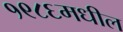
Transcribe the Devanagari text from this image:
१९८६मधील